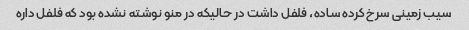
سیب زمینی سرخ کرده ساده، فلفل داشت در حالیکه در منو نوشته نشده بود که فلفل داره